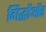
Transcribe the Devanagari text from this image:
गिद्धोंऔर